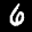
Label: 6